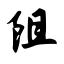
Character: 阻